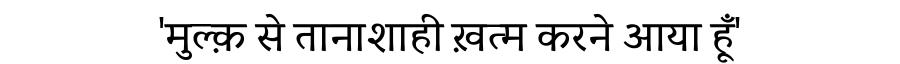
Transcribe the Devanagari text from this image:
'मुल्क़ से तानाशाही ख़त्म करने आया हूँ'